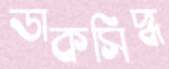
ডাকসিদ্ধ